Indian journal of veterinary science and animal husbandry - Volumes 15-17, 1948-1951
Year: 1948
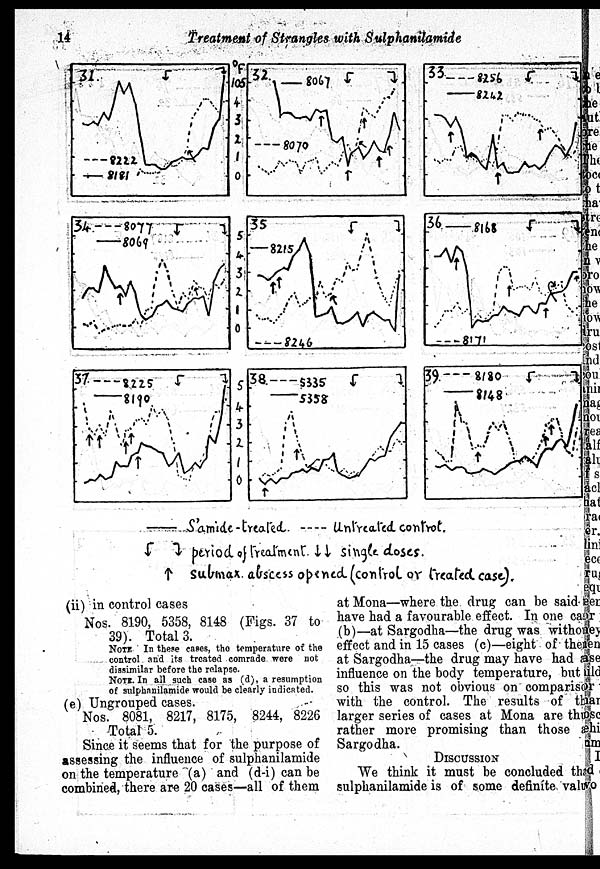
14
Treatment of Strangles with Sulphanilamide
(ii) in control cases
Nos. 8190, 5358, 8148 (Figs. 37 to
39). Total 3.
NOTE In these cases, the temperature of the
control and its treated comrade were not
dissimilar before the relapse.
NOTE . In all such case as (d), a resumption
of sulphanilamide would be clearly indicated.
(e) Ungrouped cases.
Nos. 8081, 8217, 8175, 8244, 8226
Total 5.
Since it seems that for the purpose of
assessing the influence of sulphanilamide
on the temperature (a) and (d-i) can be
combined, there are 20 cases—all of them
at Mona—where the drug can be said
have had a favourable effect. In one case
(b)—at Sargodha—the drug was without
effect and in 15 cases (c)—eight of then
at Sargodha—the drug may have had a
influence on the body temperature, but
so this was not obvious on comparison
with the control. The results of the
larger series of cases at Mona are thu
rather more promising than those a
Sargodha.
DISCUSSION
We think it must be concluded the
sulphanilamide is of some definite value